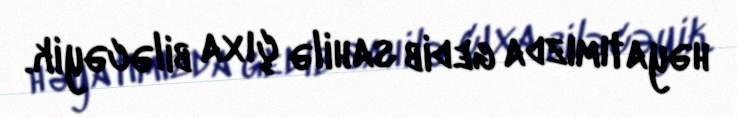
həyatımızda gedib sahilə çıxa biləcəyik.